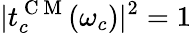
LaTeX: |t_{c}^{\mathrm{~C~M~}}(\omega_{c})|^{2}=1